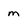
Character: m